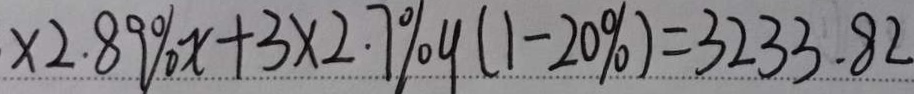
\times 2 . 8 9 \% x + 3 \times 2 . 7 \% y ( 1 - 2 0 \% ) = 3 2 3 3 . 8 2